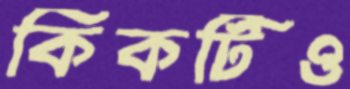
কিকটিও